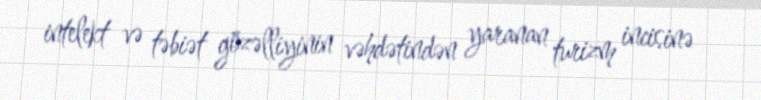
intelekt və təbiət gözəlliyinin vəhdətindən yaranan turizm incisinə